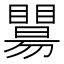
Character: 𥌖